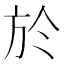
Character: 於